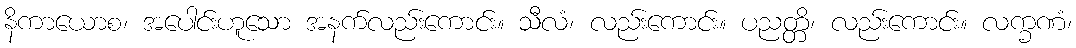
နိကာယောစ၊ အပေါင်းဟူသော အနက်လည်းကောင်း။ သီလံ၊ လည်းကောင်း။ ပညတ္တိ၊ လည်းကောင်း။ လက္ခဏံ၊